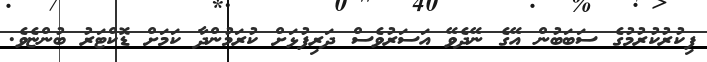
ފިކުރުކުރުމުގެ ސަބަބުން އޭގެ ނޭދެވޭ އަސަރުވެސް ދަރިފުޅަށް ކުރަމުންދާ ކަމަށް ޑޮކްޓަރު ބުންޏެވެ.